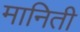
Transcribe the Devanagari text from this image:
मानिती